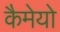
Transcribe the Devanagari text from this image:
कैमेयो